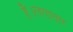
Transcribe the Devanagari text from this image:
है।लगातार